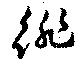
徘